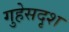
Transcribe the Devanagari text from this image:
गुहेसदृश